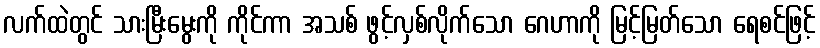
လက်ထဲတွင် သားမြီးမွေးကို ကိုင်ကာ အသစ် ဖွင့်လှစ်လိုက်သော ဂေဟာကို မြင့်မြတ်သော ရေစင်ဖြင့်